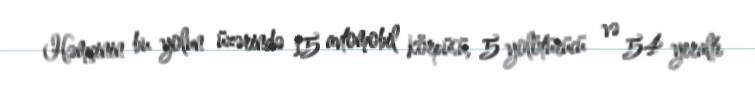
Həmçinin bu yolun üzərində 15 avtomobil körpüsü, 5 yolötürücü və 54 yeraltı